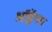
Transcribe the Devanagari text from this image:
ऑब्लेंगस